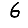
Digit: 6